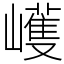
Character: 㠛